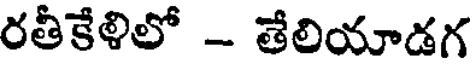
రతీకేళిలో - తేలియాడగ